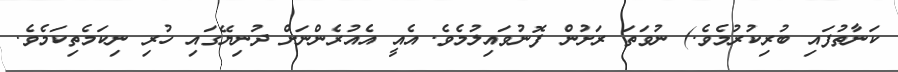
ކަނާތުފައި ބުރިކުރުމެވެ.) ނުވަތަ ރަށުން ފޮނުވައިލުމެވެ. އެއީ އެއުރެންނަށް ދުނިޔޭގައި ހުރި ނިކަމެތިކަމެވެ.